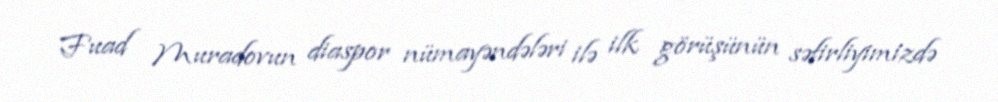
Fuad Muradovun diaspor nümayəndələri ilə ilk görüşünün səfirliyimizdə